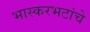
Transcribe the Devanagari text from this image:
भास्करभटांचे